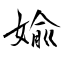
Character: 婾